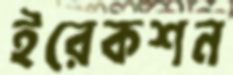
ইরেকশন